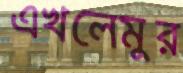
এখলেমুর